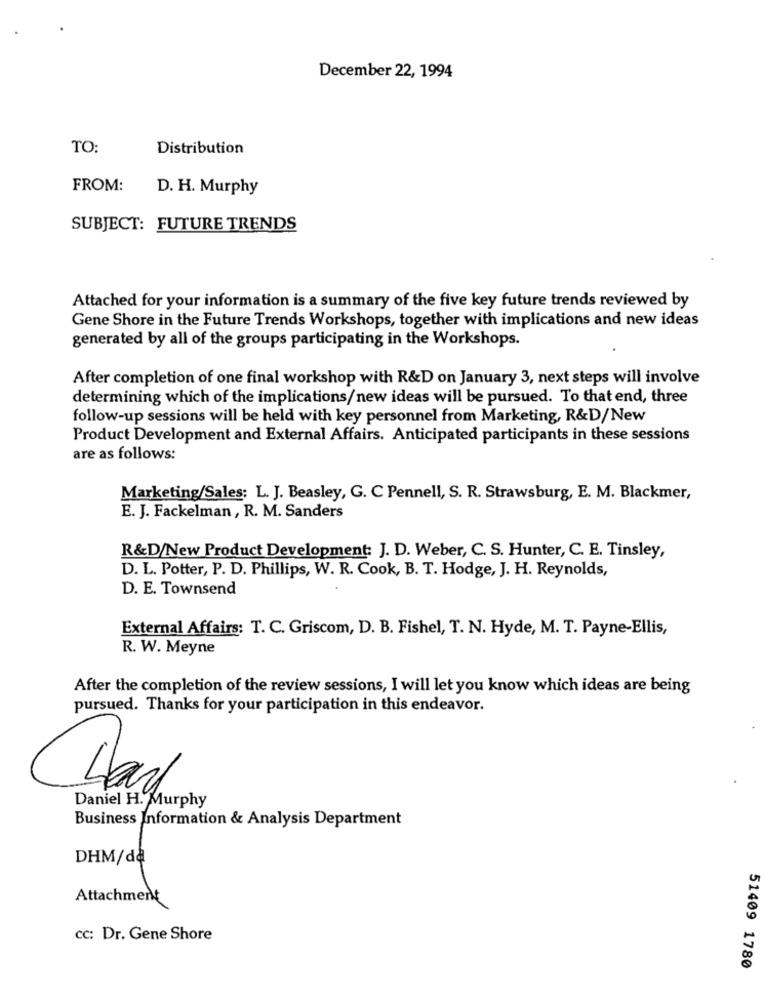
December 22, 1994
TO:
Distribution
FROM:
D. H. Murphy
SUBJECT: FUTURE TRENDS
Attached for your information is a summary of the five key future trends reviewed by
Gene Shore in the Future Trends Workshops, together with implications and new ideas
generated by all of the groups participating in the Workshops.
After completion of one final workshop with R&D on January 3, next steps will involve
determining which of the implications/new ideas will be pursued. To that end, three
follow-up sessions will be held with key personnel from Marketing, R&D/New
Product Development and External Affairs. Anticipated participants in these sessions
are as follows:
Marketing/Sales: L. J. Beasley, G. C Pennell, S. R. Strawsburg, E. M. Blackmer,
E. J. Fackelman, R. M. Sanders
R&D/New Product Development: J. D. Weber, C. S. Hunter, C. E. Tinsley,
D. L. Potter, P. D. Phillips, W. R. Cook, B. T. Hodge, J. H. Reynolds,
D. E. Townsend
External Affairs: T. C. Griscom, D. B. Fishel, T. N. Hyde, M. T. Payne-Ellis,
R. W. Meyne
After the completion of the review sessions, I will let you know which ideas are being
pursued. Thanks for your participation in this endeavor.
Daniel H. Murphy
Business Information & Analysis Department
DHM/dd
Attachment
cc: Dr. Gene Shore
51409 1780